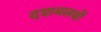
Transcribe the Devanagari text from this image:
दशमलवों